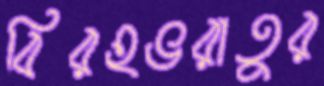
বিরহভরাতুর